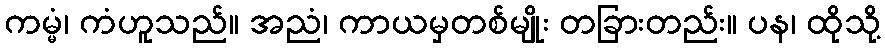
ကမ္မံ၊ ကံဟူသည်။ အညံ၊ ကာယမှတစ်မျိုး တခြားတည်း။ ပန၊ ထိုသို့